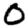
Digit: 0